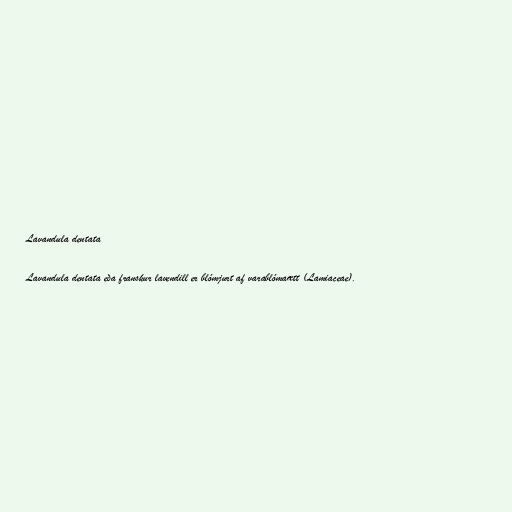
Lavandula dentata

Lavandula dentata eða franskur lavendill er blómjurt af varablómaætt (Lamiaceae).